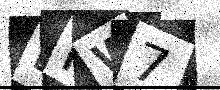
Text: EPW7